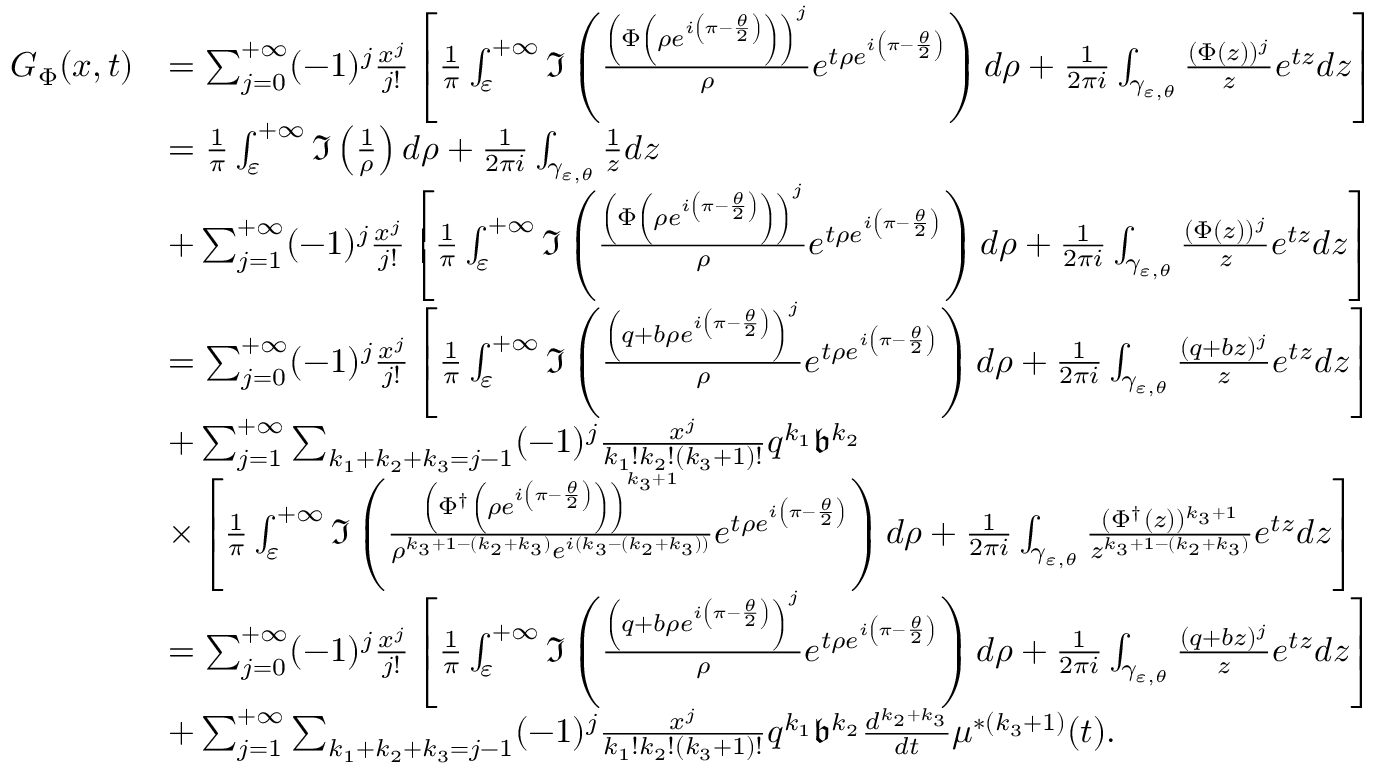
\begin{array} { r l } { G _ { \Phi } ( x , t ) } & { = \sum _ { j = 0 } ^ { + \infty } ( - 1 ) ^ { j } \frac { x ^ { j } } { j ! } \left[ \frac { 1 } { \pi } \int _ { \varepsilon } ^ { + \infty } \Im \left( \frac { \left( \Phi \left( \rho e ^ { i \left( \pi - \frac { \theta } { 2 } \right) } \right) \right) ^ { j } } { \rho } e ^ { t \rho e ^ { i \left( \pi - \frac { \theta } { 2 } \right) } } \right) d \rho + \frac { 1 } { 2 \pi i } \int _ { \gamma _ { \varepsilon , \theta } } \frac { ( \Phi ( z ) ) ^ { j } } { z } e ^ { t z } d z \right] } \\ & { = \frac { 1 } { \pi } \int _ { \varepsilon } ^ { + \infty } \Im \left( \frac { 1 } { \rho } \right) d \rho + \frac { 1 } { 2 \pi i } \int _ { \gamma _ { \varepsilon , \theta } } \frac { 1 } { z } d z } \\ & { + \sum _ { j = 1 } ^ { + \infty } ( - 1 ) ^ { j } \frac { x ^ { j } } { j ! } \left[ \frac { 1 } { \pi } \int _ { \varepsilon } ^ { + \infty } \Im \left( \frac { \left( \Phi \left( \rho e ^ { i \left( \pi - \frac { \theta } { 2 } \right) } \right) \right) ^ { j } } { \rho } e ^ { t \rho e ^ { i \left( \pi - \frac { \theta } { 2 } \right) } } \right) d \rho + \frac { 1 } { 2 \pi i } \int _ { \gamma _ { \varepsilon , \theta } } \frac { ( \Phi ( z ) ) ^ { j } } { z } e ^ { t z } d z \right] } \\ & { = \sum _ { j = 0 } ^ { + \infty } ( - 1 ) ^ { j } \frac { x ^ { j } } { j ! } \left[ \frac { 1 } { \pi } \int _ { \varepsilon } ^ { + \infty } \Im \left( \frac { \left( q + b \rho e ^ { i \left( \pi - \frac { \theta } { 2 } \right) } \right) ^ { j } } { \rho } e ^ { t \rho e ^ { i \left( \pi - \frac { \theta } { 2 } \right) } } \right) d \rho + \frac { 1 } { 2 \pi i } \int _ { \gamma _ { \varepsilon , \theta } } \frac { ( q + b z ) ^ { j } } { z } e ^ { t z } d z \right] } \\ & { + \sum _ { j = 1 } ^ { + \infty } \sum _ { k _ { 1 } + k _ { 2 } + k _ { 3 } = j - 1 } ( - 1 ) ^ { j } \frac { x ^ { j } } { k _ { 1 } ! k _ { 2 } ! ( k _ { 3 } + 1 ) ! } q ^ { k _ { 1 } } \mathfrak { b } ^ { k _ { 2 } } } \\ & { \times \left[ \frac { 1 } { \pi } \int _ { \varepsilon } ^ { + \infty } \Im \left( \frac { \left( \Phi ^ { \dagger } \left( \rho e ^ { i \left( \pi - \frac { \theta } { 2 } \right) } \right) \right) ^ { k _ { 3 } + 1 } } { \rho ^ { k _ { 3 } + 1 - ( k _ { 2 } + k _ { 3 } ) } e ^ { i ( k _ { 3 } - ( k _ { 2 } + k _ { 3 } ) ) } } e ^ { t \rho e ^ { i \left( \pi - \frac { \theta } { 2 } \right) } } \right) d \rho + \frac { 1 } { 2 \pi i } \int _ { \gamma _ { \varepsilon , \theta } } \frac { ( \Phi ^ { \dagger } ( z ) ) ^ { k _ { 3 } + 1 } } { z ^ { k _ { 3 } + 1 - ( k _ { 2 } + k _ { 3 } ) } } e ^ { t z } d z \right] } \\ & { = \sum _ { j = 0 } ^ { + \infty } ( - 1 ) ^ { j } \frac { x ^ { j } } { j ! } \left[ \frac { 1 } { \pi } \int _ { \varepsilon } ^ { + \infty } \Im \left( \frac { \left( q + b \rho e ^ { i \left( \pi - \frac { \theta } { 2 } \right) } \right) ^ { j } } { \rho } e ^ { t \rho e ^ { i \left( \pi - \frac { \theta } { 2 } \right) } } \right) d \rho + \frac { 1 } { 2 \pi i } \int _ { \gamma _ { \varepsilon , \theta } } \frac { ( q + b z ) ^ { j } } { z } e ^ { t z } d z \right] } \\ & { + \sum _ { j = 1 } ^ { + \infty } \sum _ { k _ { 1 } + k _ { 2 } + k _ { 3 } = j - 1 } ( - 1 ) ^ { j } \frac { x ^ { j } } { k _ { 1 } ! k _ { 2 } ! ( k _ { 3 } + 1 ) ! } q ^ { k _ { 1 } } \mathfrak { b } ^ { k _ { 2 } } \frac { d ^ { k _ { 2 } + k _ { 3 } } } { d t } \mu ^ { \ast ( k _ { 3 } + 1 ) } ( t ) . } \end{array}